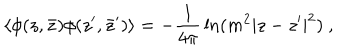
\langle \phi ( z , \bar { z } ) \phi ( z ^ { \prime } , \bar { z } ^ { \prime } ) \rangle = - { \frac { 1 } { 4 \pi } } \ln ( m ^ { 2 } | z - z ^ { \prime } | ^ { 2 } ) ~ ,